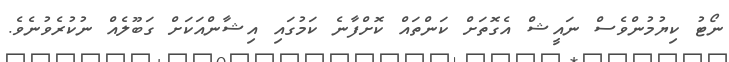
ނޯޓު ކިޔުމުންވެސް ނައީޝް އެގޮތަށް ކަންތައް ކޮށްފާނެ ކަމުގައި އިޝާންއަކަށް ގަބޫލެއް ނުކުރެވުނެވެ.